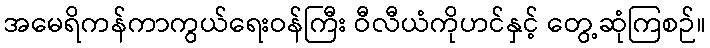
အမေရိကန်ကာကွယ်ရေးဝန်ကြီး ဝီလီယံကိုဟင်နှင့် တွေ့ဆုံကြစဉ်။